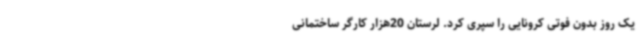
یک روز بدون فوتی کرونایی را سپری کرد. لرستان 20هزار کارگر ساختمانی